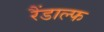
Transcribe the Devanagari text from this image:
रैंडाल्फ